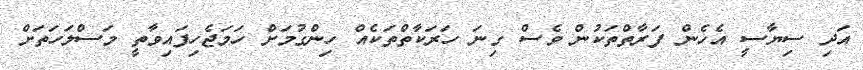
އަދި ސިޔާސީ އެހެން ފަރާތްތަކުން ވެސް ގިނަ ހަރަކާތްތަކެއް ހިންގުމަށް ހަމަޖެހިފައިވާތީ މަސްލަހަތަށް